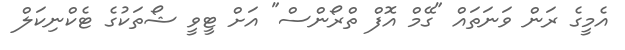
އެމީގެ ރަން ވަނަތައް "ގޭމް އޮފް ތްރޯންސް" އަށް ޓީވީ ޝޯތަކުގެ ޓެކްނިކަލް